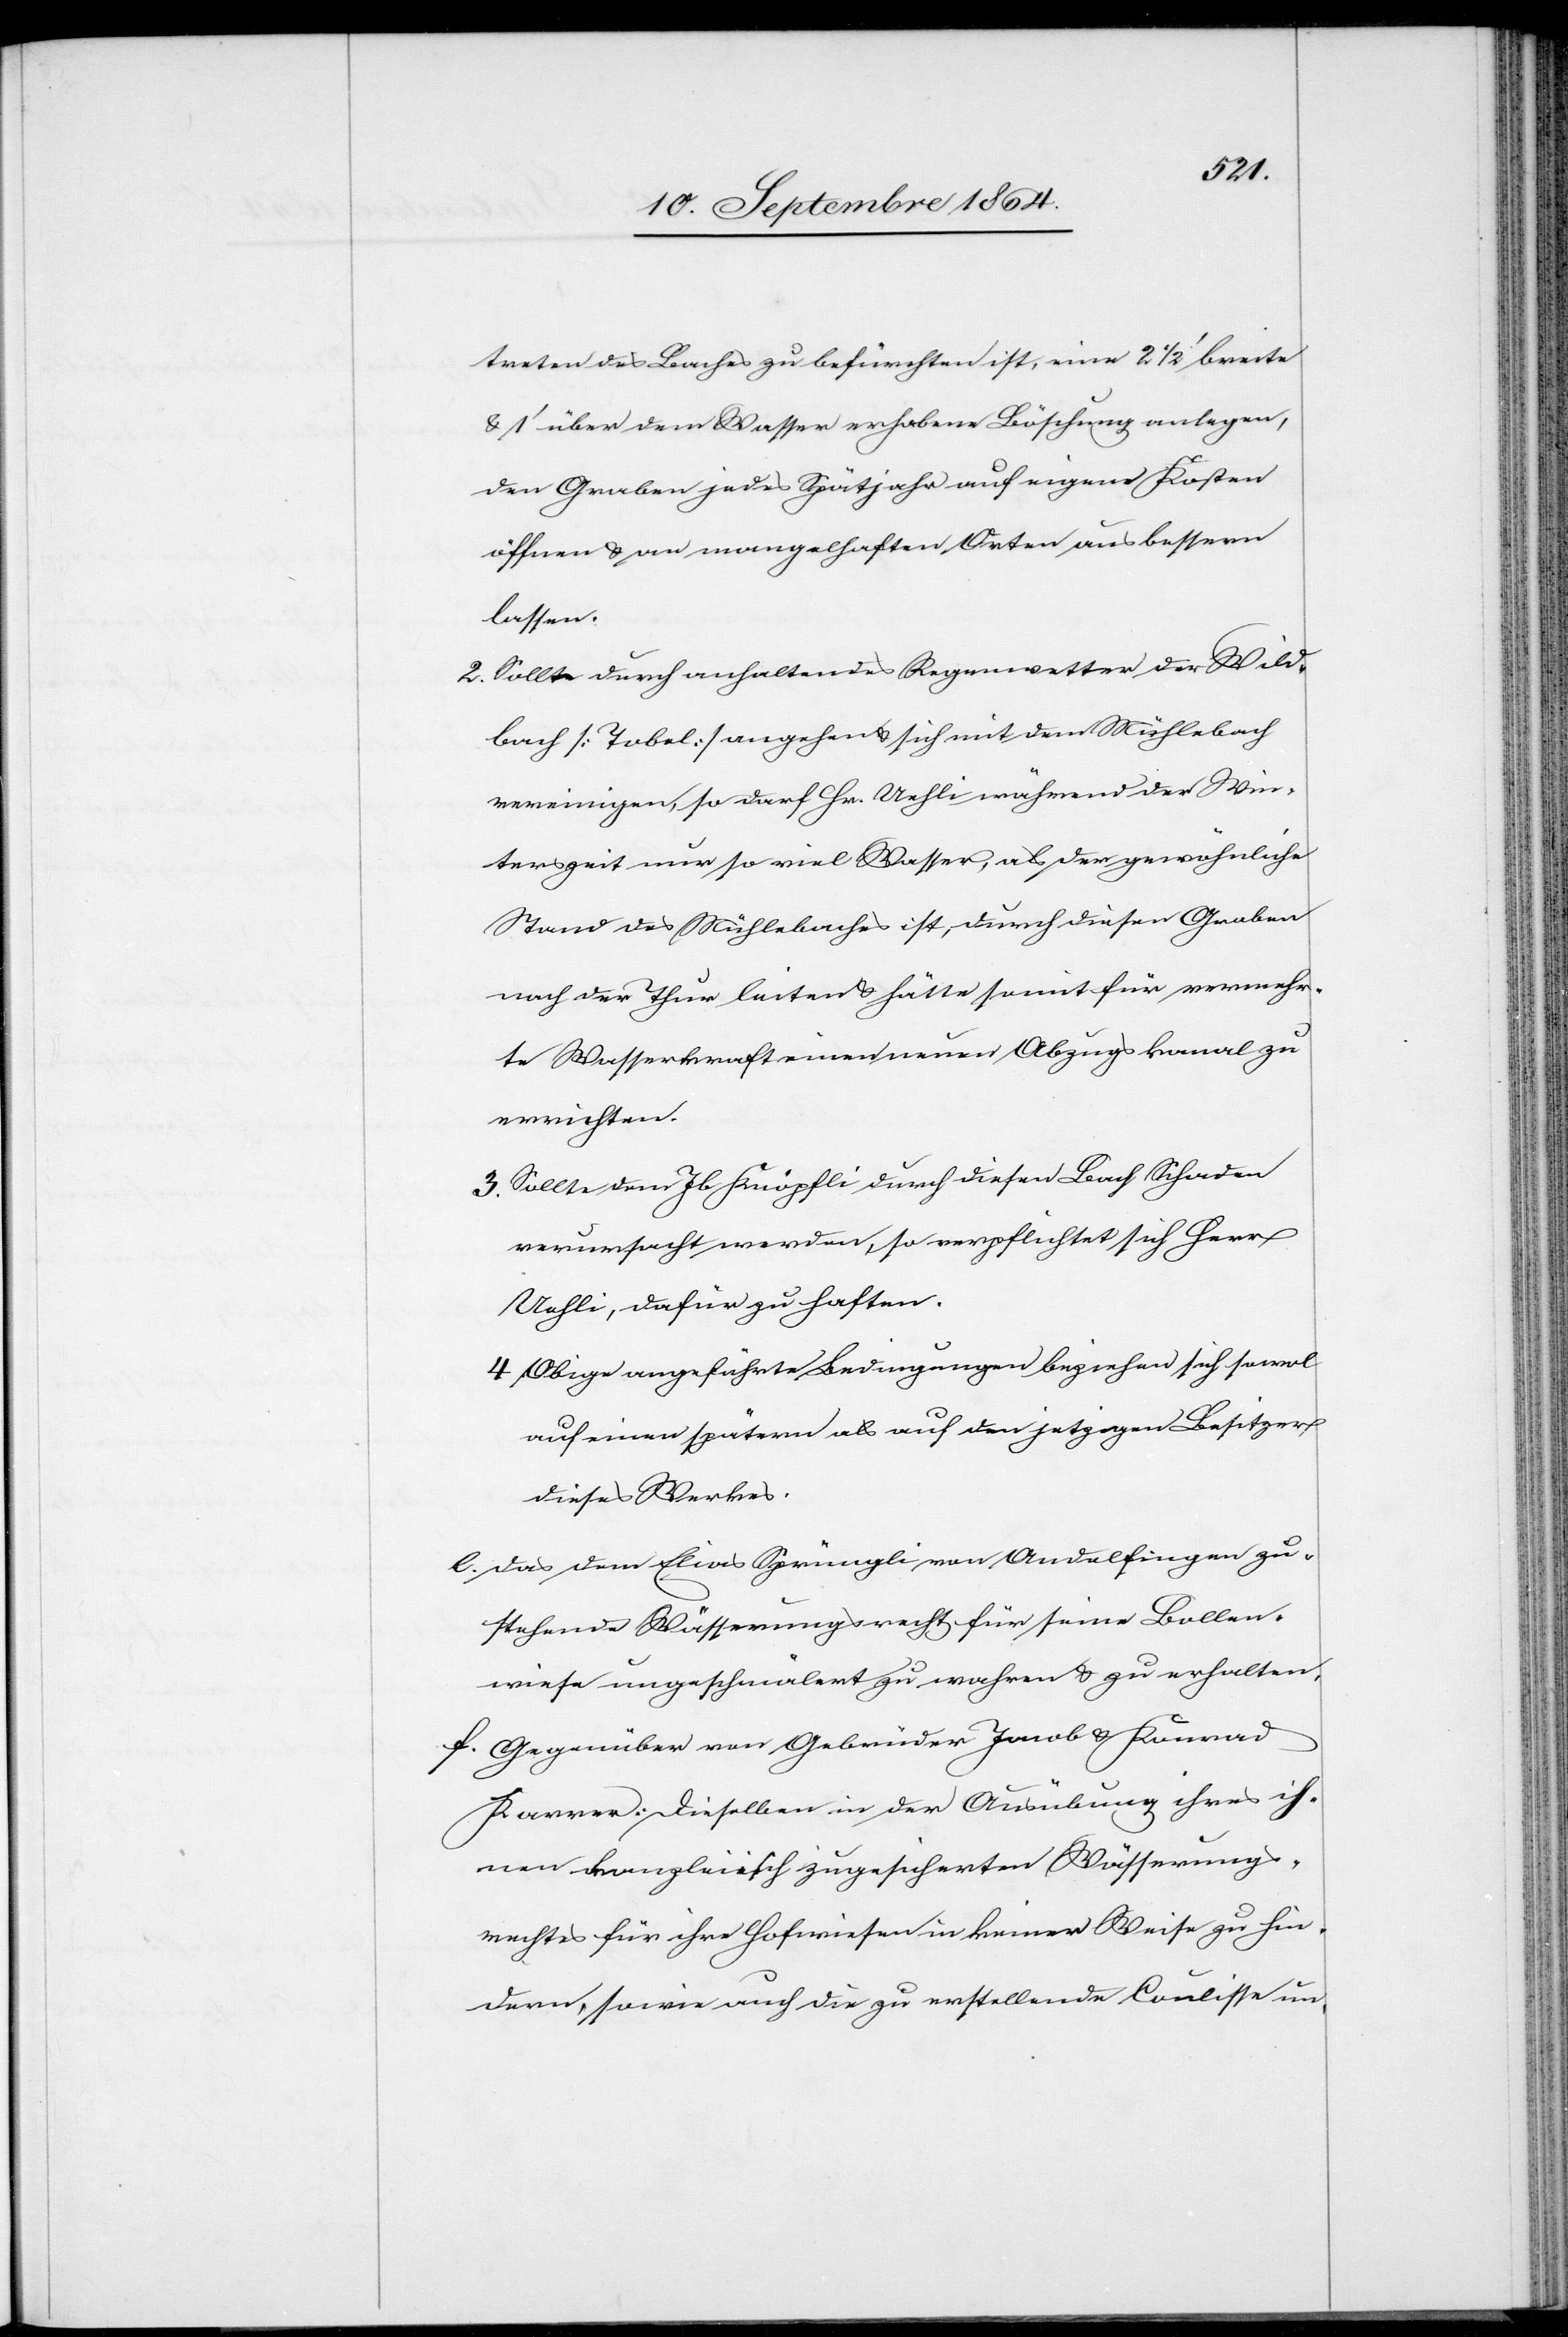
treten des Baches zu befürchten ist, eine 2 1/2’ breite
& 1’ über dem Wasser erhobene Böschung anlegen,
den Graben jedes Spätjahr auf eigene Kosten
öffnen & an mangelhaften Orten ausbessern
lassen.
2. Sollte durch anhaltendes Regenwetter der Wild¬
bach [Tobel] angehen & sich mit dem Mühlebach
vereinigen, so darf Hr. Uehli während der Win¬
terszeit nur so viel Wasser, als der gewöhnliche
Stand des Mühlebaches ist, durch diesen Graben
nach der Thur leiten & hätte somit für vermehr¬
te Wasserkraft einen neuen Abzugskanal zu
errichten.
3. Sollte dem Jb. Knöpfli durch diesen Bach Schaden
verursacht werden, so verpflichtet sich Herr
Uehli, dafür zu haften.
4. Obige angeführte Bedingungen beziehen sich sowol
auf einen spätern als auf den jetzigen Besitzer
dieses Werkes.
e.	Das dem Elias Sprüngli von Andelfingen zu¬
stehende Wässerungsrecht für seine Bollen¬
wiese ungeschmälert zu wahren & zu erhalten.
f.	Gegenüber von Gebrüder Jacob & Konrad
Karrer: Dieselben in der Ausübung ihres ih¬
nen kanzleiisch zugesicherten Wässerungs¬
rechtes für ihre Hofwiesen in keiner Weise zu hin¬
dern, sowie auch die zu erstellende Coulisse un-